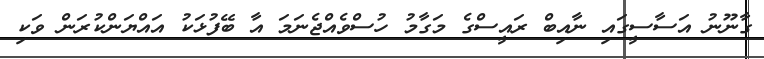
ގާނޫނު އަސާސީގައި ނާއިބް ރައީސްގެ މަގާމު ހުސްވެއްޖެނަމަ އާ ބޭފުޅަކު އައްޔަންކުރަން ވަކި